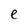
Character: e